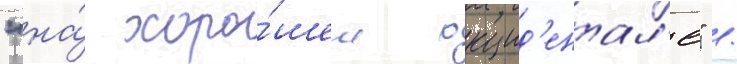
"на́ хоро́шем окцид'ентал'е" /